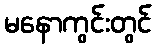
မနောကွင်းတွင်